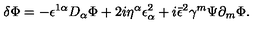
\delta \Phi = - \epsilon ^ { 1 \alpha } D _ { \alpha } \Phi + 2 i \eta ^ { \alpha } \epsilon _ { \alpha } ^ { 2 } + i \bar { \epsilon } ^ { 2 } \gamma ^ { m } \Psi \partial _ { m } \Phi .